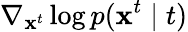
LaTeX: \nabla_{\mathbf{x}^{t}}\log p(\mathbf{x}^{t}\mid t)